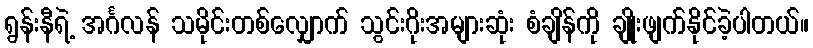
ရွန်းနီရဲ့ အင်္ဂလန် သမိုင်းတစ်လျှောက် သွင်းဂိုးအများဆုံး စံချိန်ကို ချိုးဖျက်နိုင်ခဲ့ပါတယ်။